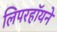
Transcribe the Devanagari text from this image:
लिपरहॉयने